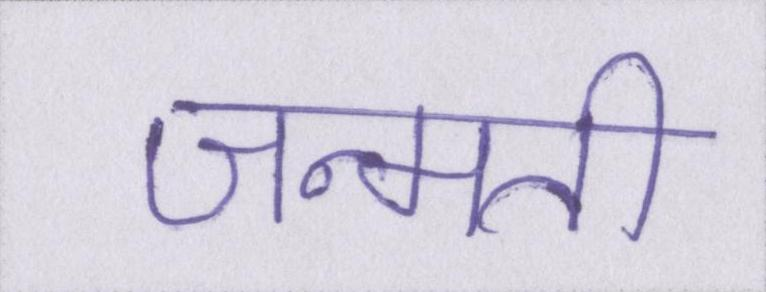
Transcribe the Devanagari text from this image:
जन्मती